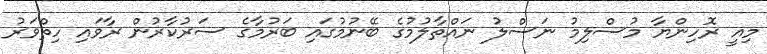
މިއީ ރޮހިންޔާ މުސްލިމު ނަސްލު ނައްތާލުމުގެ ބޭނުމުގައި ބަރުމާގެ ސަރުކާރުން ރާވައި ހިތްވަރު